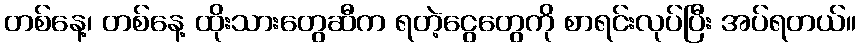
တစ်နေ့၊ တစ်နေ့ ထိုးသားတွေဆီက ရတဲ့ငွေတွေကို စာရင်းလုပ်ပြီး အပ်ရတယ်။